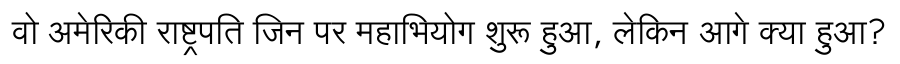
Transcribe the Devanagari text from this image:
वो अमेरिकी राष्ट्रपति जिन पर महाभियोग शुरू हुआ, लेकिन आगे क्या हुआ?